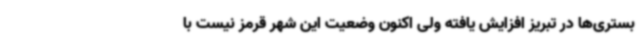
بستری‌ها در تبریز افزایش یافته ولی اکنون وضعیت این شهر قرمز نیست با